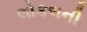
લોકલની